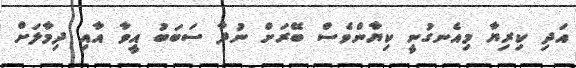
އަދި ކިރިޔާ މިއެނގުނީ ކިޔާންވެސް ބޭރަށް ނުދާ ސަބަބު އީވާ އާއި ދިމާލަށް